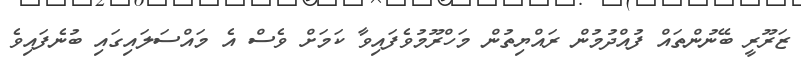
ޒަރޫރީ ބޭނުންތައް ފުއްދުމުން ރައްޔިތުން މަހްރޫމުވެފައިވާ ކަމަށް ވެސް އެ މައްސަލައިގައި ބުނެފައިވެ